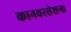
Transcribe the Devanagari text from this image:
कानवरसेशन्स